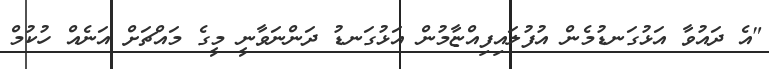
"އެ ދައުވާ އަޅުގަނޑުމެން އުފުލައިފިއްޏާމުން އަޅުގަނޑު ދަންނަވާނީ މީގެ މައްޗަށް އަނެއް ހުކުމް